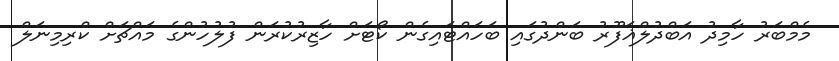
މެމްބަރު ހާމިދު އަބްދުލްޣަފޫރު ބަންދުގައި ބަހައްޓައިގެން ކޯޓަށް ހާޒިރުކުރަން ފުލުހުންގެ މައްޗަށް ކްރިމިނަލް